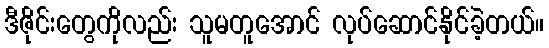
ဒီဇိုင်းတွေကိုလည်း သူမတူအောင် လုပ်ဆောင်နိုင်ခဲ့တယ်။